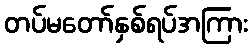
တပ်မတော်နှစ်ရပ်အကြား